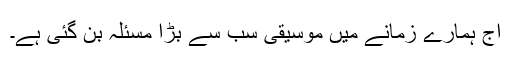
آج ہمارے زمانے میں موسیقی سب سے بڑا مسئلہ بن گئی ہے۔